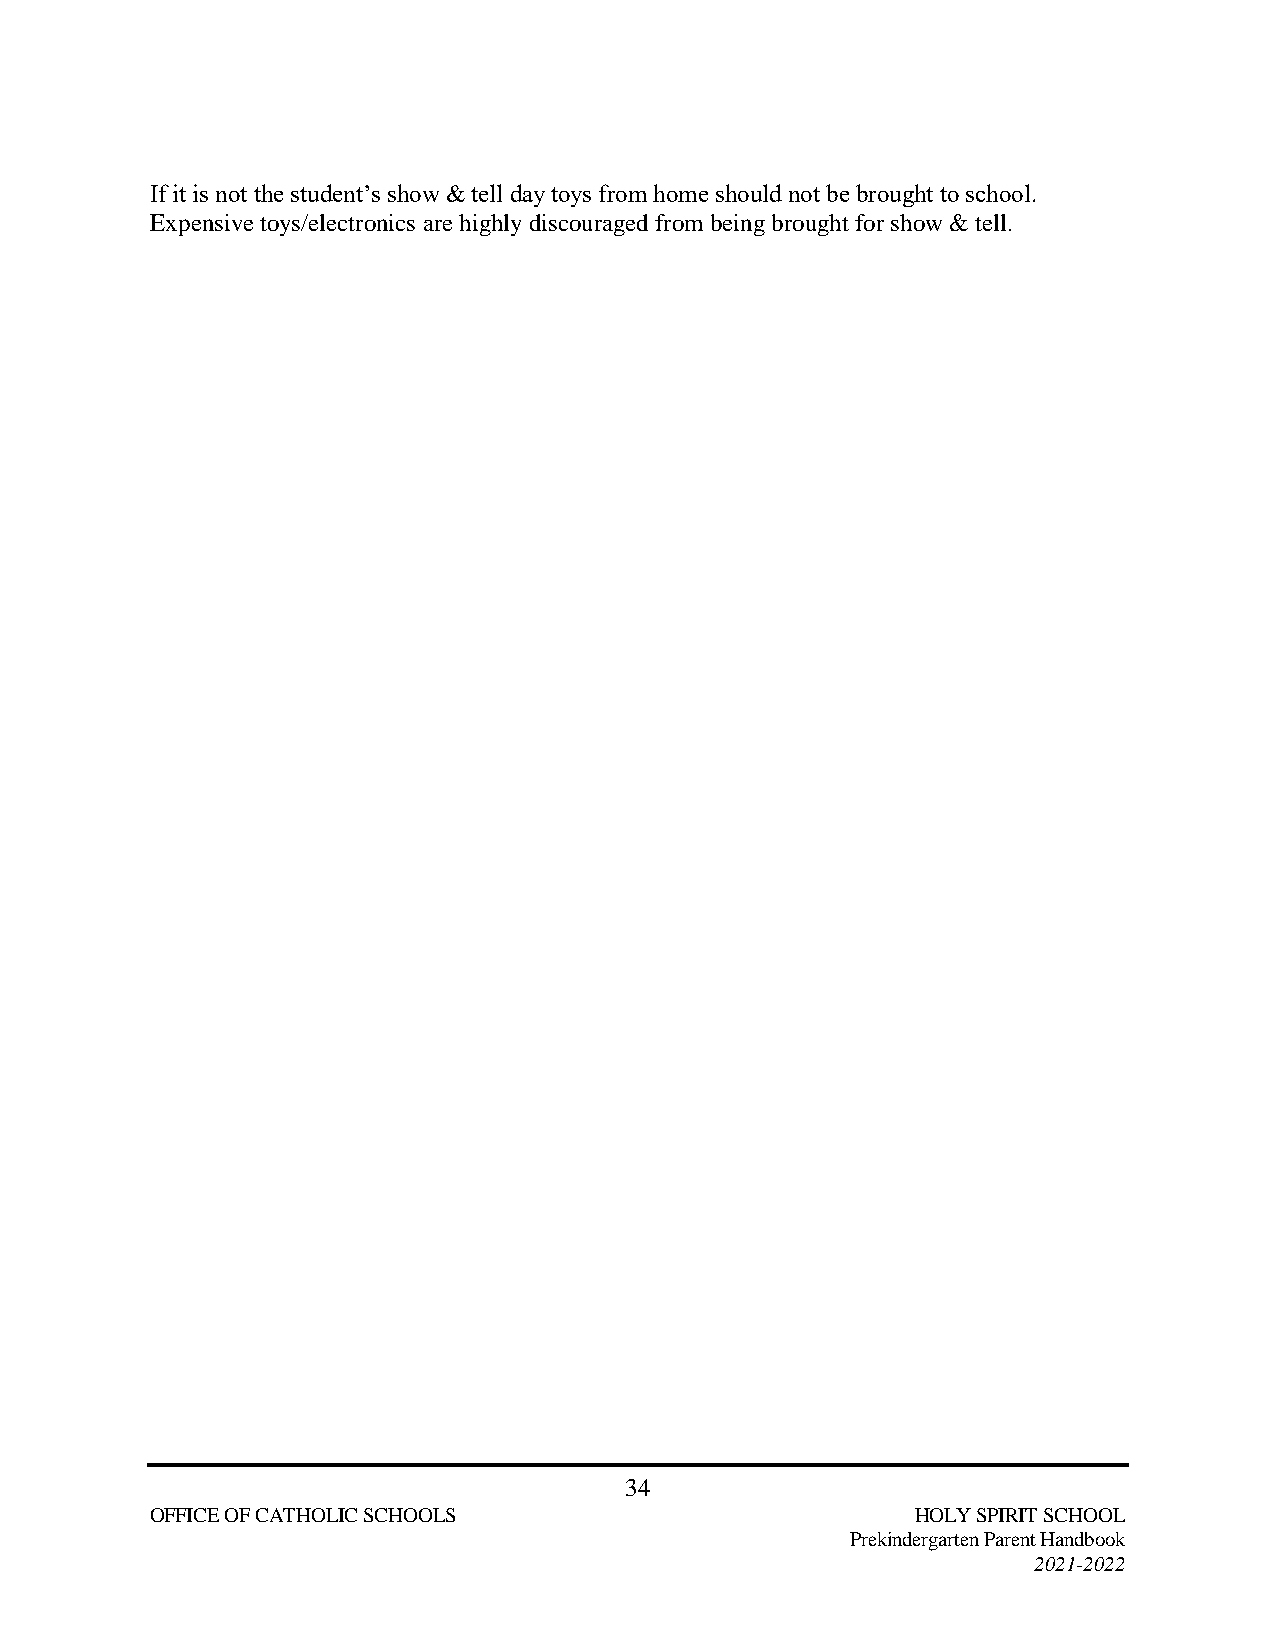
If it is not the student’s show & tell day toys from home should not be brought to school.
 Expensive toys/electronics are highly discouraged from being brought for show & tell.
 34
 OFFICE OF CATHOLIC SCHOOLS                         HOLY SPIRIT SCHOOL
 Prekindergarten Parent Handbook
 2021-2022